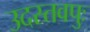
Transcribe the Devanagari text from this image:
उदस्तवपुः